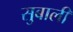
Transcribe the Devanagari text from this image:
सुबाली